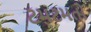
ટમટમતો